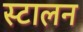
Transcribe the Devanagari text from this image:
स्टालन